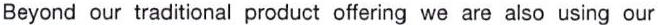
Beyond our traditional product offering we are also using our